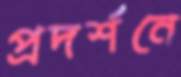
প্রদর্শনে